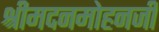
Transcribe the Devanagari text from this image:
श्रीमदनमोहनजी